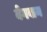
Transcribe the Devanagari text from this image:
बेगवान